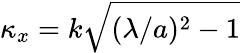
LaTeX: \kappa_{x}=k\sqrt{(\lambda/a)^{2}-1}